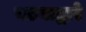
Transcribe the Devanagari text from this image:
बटनाद्वारे